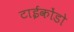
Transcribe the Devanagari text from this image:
टाईकोंडो